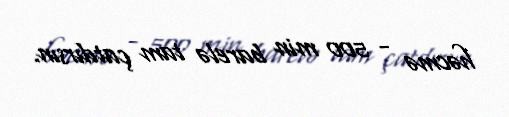
həcmə - 500 min barelə tam çatdırsın.